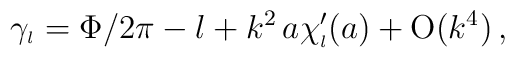
\gamma_{\scriptscriptstyle{l}}=\Phi/2 \pi - l +k^2\,a \chi_{\scriptscriptstyle{l}}^{\prime}(a) + \mbox{O}(k^4)\,,